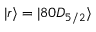
| r \rangle = | 8 0 D _ { 5 / 2 } \rangle